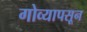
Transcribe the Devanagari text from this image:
गोव्यापसून